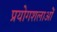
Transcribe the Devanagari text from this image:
प्रयोगशलाओं